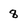
Character: 8